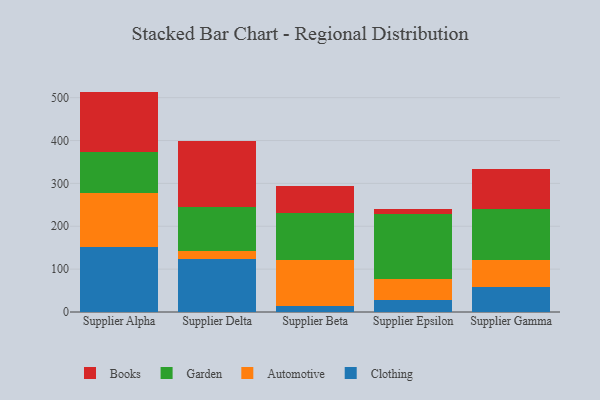
{"axis": {"x": "Supplier", "y": "Operating Costs (USD K)"}, "legend": ["Automotive", "Books", "Clothing", "Garden"], "data": [{"x": "Supplier Alpha", "y": 152.5, "type": "Clothing"}, {"x": "Supplier Alpha", "y": 125.8, "type": "Automotive"}, {"x": "Supplier Alpha", "y": 95.1, "type": "Garden"}, {"x": "Supplier Alpha", "y": 140.7, "type": "Books"}, {"x": "Supplier Delta", "y": 124.5, "type": "Clothing"}, {"x": "Supplier Delta", "y": 17.9, "type": "Automotive"}, {"x": "Supplier Delta", "y": 103.2, "type": "Garden"}, {"x": "Supplier Delta", "y": 152.9, "type": "Books"}, {"x": "Supplier Beta", "y": 13.0, "type": "Clothing"}, {"x": "Supplier Beta", "y": 107.3, "type": "Automotive"}, {"x": "Supplier Beta", "y": 109.6, "type": "Garden"}, {"x": "Supplier Beta", "y": 63.7, "type": "Books"}, {"x": "Supplier Epsilon", "y": 27.9, "type": "Clothing"}, {"x": "Supplier Epsilon", "y": 48.5, "type": "Automotive"}, {"x": "Supplier Epsilon", "y": 152.3, "type": "Garden"}, {"x": "Supplier Epsilon", "y": 11.5, "type": "Books"}, {"x": "Supplier Gamma", "y": 57.5, "type": "Clothing"}, {"x": "Supplier Gamma", "y": 64.8, "type": "Automotive"}, {"x": "Supplier Gamma", "y": 116.9, "type": "Garden"}, {"x": "Supplier Gamma", "y": 95.4, "type": "Books"}]}